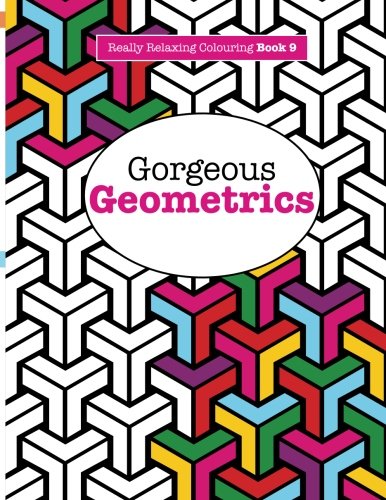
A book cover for Really RELAXING Colouring Book 9: Gorgeous Geometrics (Really RELAXING Colouring Books) (Volume 9); Elizabeth James; Health, Fitness & Dieting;